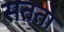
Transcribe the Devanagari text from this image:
सतता